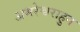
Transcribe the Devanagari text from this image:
अमरेश्वराहुन